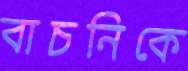
বাচনিকে